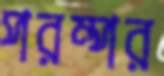
পরম্পর